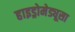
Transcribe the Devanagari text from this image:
हाइड्रोमेड्यूसा